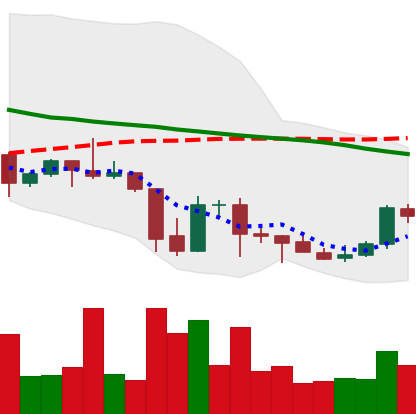
Ticker: DOGE-USD
Chart end date: 2021-10-02
Forward return: 10.856%
Label: up_7plus